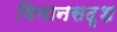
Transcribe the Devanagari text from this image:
विमानसदृश